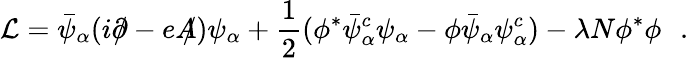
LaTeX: {\cal L}=\bar{\psi}_{\alpha}(i\partial\! \! \! /-eA\! \! \! /)\psi_{\alpha}+\frac{1}{2}(\phi^{*}\bar{\psi}_{\alpha}^{c}\psi_{\alpha}-\phi\bar{\psi}_{\alpha}\psi_{\alpha}^{c})-\lambda N\phi^{*}\phi\, \, \, \, .